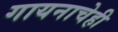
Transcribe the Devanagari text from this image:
गायनाचेही